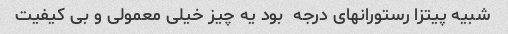
شبیه پیتزا رستورانهای درجه  بود یه چیز خیلی معمولی و بی کیفیت